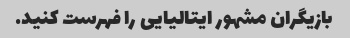
بازیگران مشهور ایتالیایی را فهرست کنید.